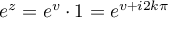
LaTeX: e ^ { z } = e ^ { v } \cdot 1 = e ^ { v + i 2 k \pi }